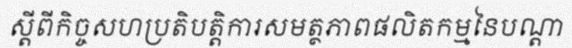
ស្តីពីកិច្ចសហប្រតិបត្តិការសមត្ថភាពផលិតកម្មនៃបណ្តា